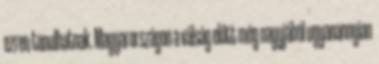
ezren tanulhatnak. Magyarországon a válság előtt még nagyjából ugyanannyian